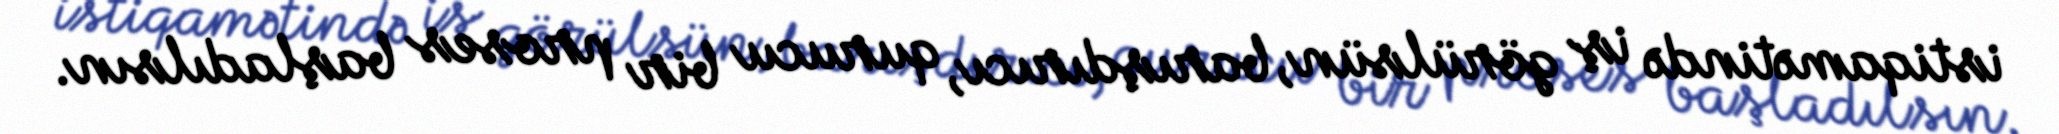
istiqamətində iş görülsün, barışdırıcı, qurucu bir proses başladılsın.